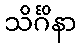
သိင်္ဂိနာ